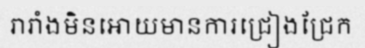
រារាំងមិនអោយមានការជ្រៀងជ្រែក